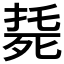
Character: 𣨰